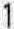
1